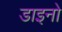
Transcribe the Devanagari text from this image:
डाइनो